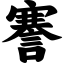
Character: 謇